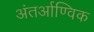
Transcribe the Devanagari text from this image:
अंतर्आण्विक